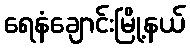
ရေနံချောင်းမြို့နယ်